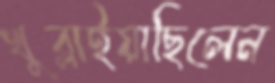
খুব্‌লাইয়াছিলেন